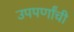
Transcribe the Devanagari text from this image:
उपपर्णांची